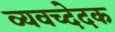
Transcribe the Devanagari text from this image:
व्यवच्देदक